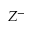
Z ^ { - }